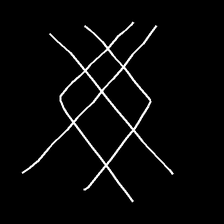
Glyph: crystal